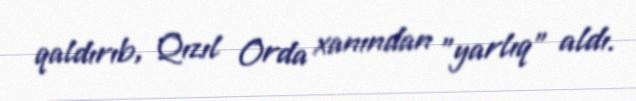
qaldırıb, Qızıl Orda xanından "yarlıq" aldı.